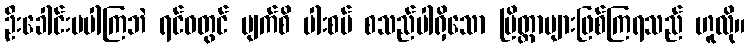
ဦးခေါင်းမပါကြဘဲ ရင်ဝတွင် မျက်စိ ပါးစပ် စသည်ပါရှိသော ပြိတ္တာများဖြစ်ကြရသည် ဟူလို။